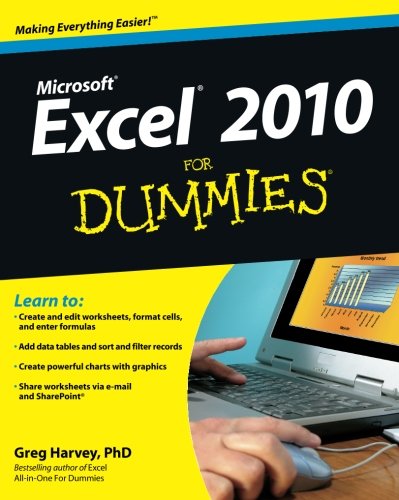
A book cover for Excel 2010 For Dummies; Greg Harvey; Computers & Technology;